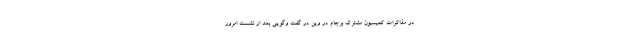
در مذاکرات کمیسیون مشترک برجام در وین در گفت وگویی بعد از نشست امروز